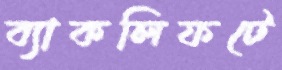
ব্যাকলিফটে